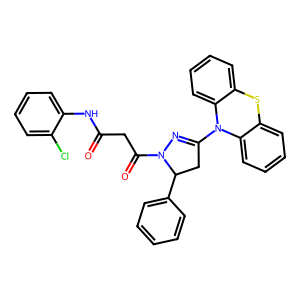
SMILES: O=C(CC(=O)N1N=C(N2c3ccccc3Sc3ccccc32)CC1c1ccccc1)Nc1ccccc1Cl
Inhibits HIV replication: No